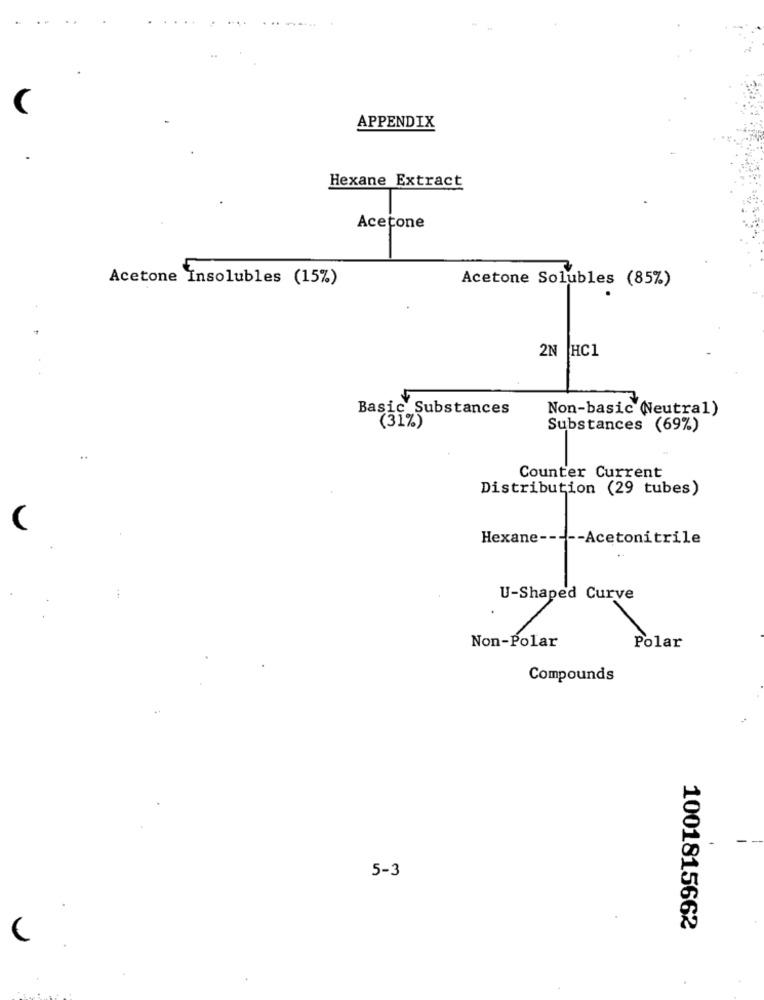
APPENDIX
Hexane Extract
Acetone
Acetone Insolubles (15%)
Acetone Solubles (85%)
2N HC1
Basic Substances
Non-basic Neutral)
(31%)
Substances (69%)
Counter Current
Distribution (29 tubes)
(
Hexane ----- Acetonitrile
U-Shaped Curve
Non-Polar
Polar
Compounds
--
5-3
1001815662